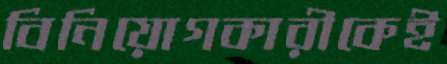
বিনিয়োগকারীকেই